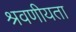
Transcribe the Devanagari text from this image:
श्रवणीयता